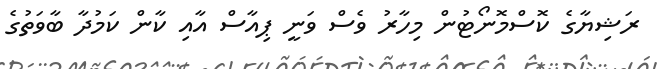
ރަޝިޔާގެ ކޮސްމޮނޯޓުން މިހާރު ވެސް ވަނީ ޕިއާސް އާއި ކާން ކަމުދާ ބާވަތުގެ